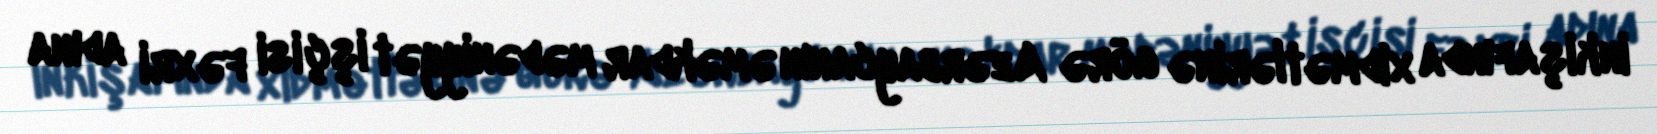
inkişafında xidmətlərinə görə Azərbaycanın əməkdar mədəniyyət işçisi fəxri adına